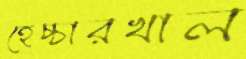
হেচ্চারখাল